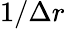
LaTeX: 1/\Delta r